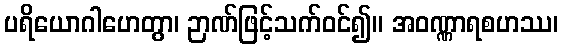
ပရိယောဂါဟေတွာ၊ ဉာဏ်ဖြင့်သက်ဝင်၍။ အဝဏ္ဏာရစဟဿ၊